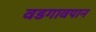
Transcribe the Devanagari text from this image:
वडगावपान